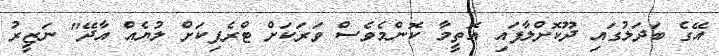
އޭގެ ބަދަލުގައި ދޫކޮށްލާފައި އޮތީމާ ކޮންމެވެސް ވަރަކަށް ޓްރެފިކަށް ލުޔެއް އާދޭ" ނަޒީރު